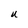
Character: U